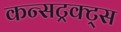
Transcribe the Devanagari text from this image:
कन्सट्रक्ट्स